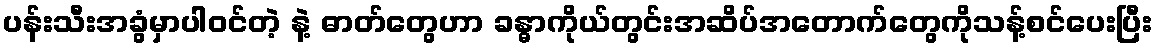
ပန်းသီးအခွံမှာပါဝင်တဲ့ နဲ့ ဓာတ်တွေဟာ ခန္ဓာကိုယ်တွင်းအဆိပ်အတောက်တွေကိုသန့်စင်ပေးပြီး